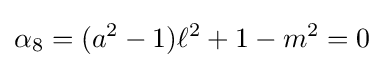
\alpha _{8}=(a^{2}-1)\ell ^{2}+1-m^{2}=0